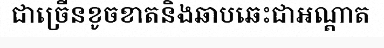
ជាច្រើនខូចខាតនិងឆាបឆេះជាអណ្តាត